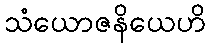
သံယောဇနိယေဟိ